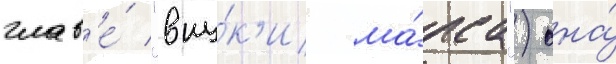
глав'е́ "вну́к'и ма́рса") она́